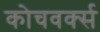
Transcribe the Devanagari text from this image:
कोचवर्क्स